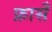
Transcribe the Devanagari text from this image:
फ्रासँ